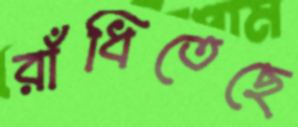
রাঁধিতেছে